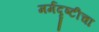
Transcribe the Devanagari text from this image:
मर्मदृष्टीचा